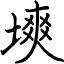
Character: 塽